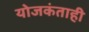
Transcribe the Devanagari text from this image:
योजकंताही